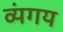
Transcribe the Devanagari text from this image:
व्यंगय